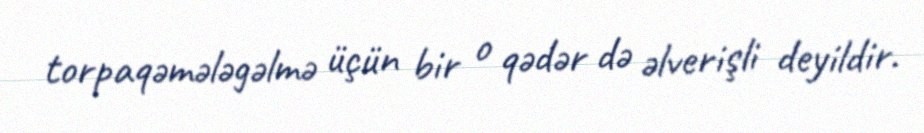
torpaqəmələgəlmə üçün bir o qədər də əlverişli deyildir.